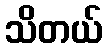
သိတယ်